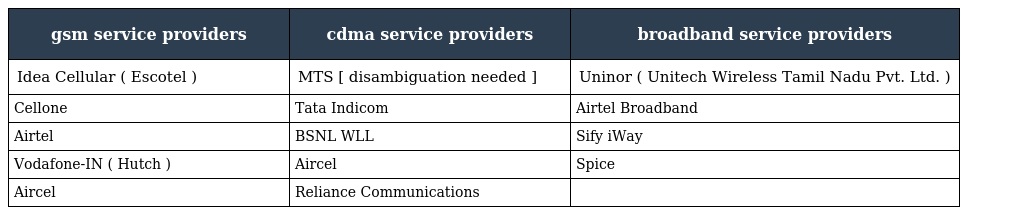
| gsm service providers | cdma service providers | broadband service providers |
 | --- | --- | --- |
 | Idea Cellular ( Escotel ) | MTS [ disambiguation needed ] | Uninor ( Unitech Wireless Tamil Nadu Pvt. Ltd. ) |
 | Cellone | Tata Indicom | Airtel Broadband |
 | Airtel | BSNL WLL | Sify iWay |
 | Vodafone-IN ( Hutch ) | Aircel | Spice |
 | Aircel | Reliance Communications |  |